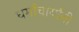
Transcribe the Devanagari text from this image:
धर्माचार्यांनी